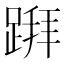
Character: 𨃅